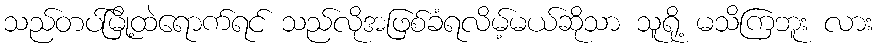
သည်တပ်မြို့ထဲရောက်ရင် သည်လိုအဖြစ်ခံရလိမ့်မယ်ဆိုသာ သူရို့ မသိကြဘူး လား